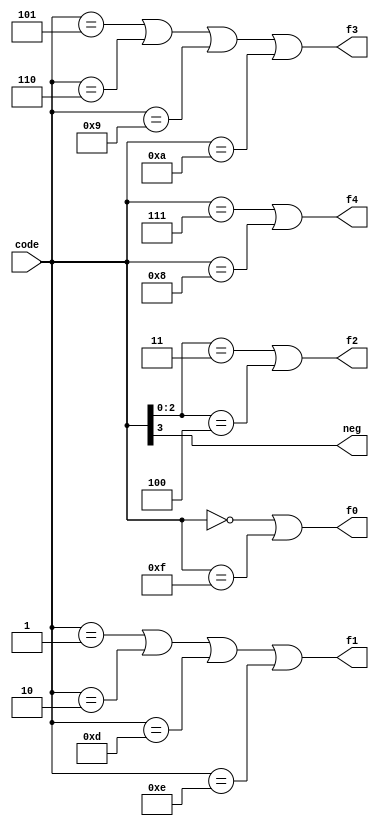
module booth_enc (
    input [3:0] code,
    output neg,
    output f0,
    output f1,
    output f2,
    output f3,
    output f4
);
    assign neg = code[3];
    assign f0=(code==4'b0000) || (code==4'b1111);
    assign f1=(code==4'b0001) || (code==4'b0010) || (code==4'b1101)||(code==4'b1110);
    assign f2=(code[2:0]==3'b011) || (code[2:0]==3'b100) ;
    assign f3=(code==4'b0101) || (code==4'b0110) || (code==4'b1001)||(code==4'b1010);
    assign f4=(code==4'b0111) || (code==4'b1000);

endmodule